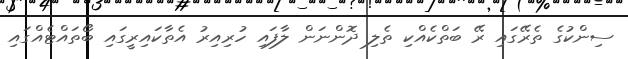
ސިންކުގެ ތެރޭގައި ރޭ ބަތްކެއްކި ތެލި ދޮންނަން ލާފައި ހުރިއިރު އެތާކައިރީގައި ބޯތައްޓެއްގައި